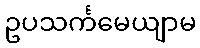
ဥပသင်္ကမေယျာမ